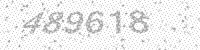
Solution: 489618